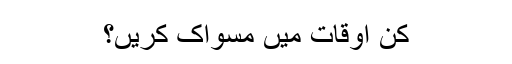
کن اوقات میں مسواک کریں؟